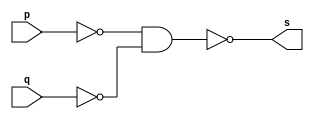
// Guia 02 - Or
// Nome : Jessica Luisa Betonico Andrade

//-------------------------------------------------
// -- Uma or gate feita por NAND gate --
// ------------------------------------------------

module ORgate(s, p , q);
  output s;			// Saida
  input p, q;		// entrada das portas
  
  wire temp1, temp2;	// portas auxiliares
  
  nand NAND1(temp1, p); // operaao nand com a porta p
  nand NAND2(temp2, q); // operaao nand com a porta q
  
  assign s = ~(temp1 & temp2); // operao final
  
endmodule // ORgate
// fim modulo

// modulo final
module testandogate;

  reg a, b; // portas de entrada
  wire s;	// porta de saida
  
 // instancia
 
 ORgate OR1(s, a, b);
 
 // parte principal
 
 initial begin
    $display("GUIA_02_1 - Jessica Luisa Betonico Andrade -  412748 ");
	 $display("Test OR gate construida por NANDS");
	 $display("\n a | b = s \n");
	 $monitor("%b | %b  = %b", a, b, s);
	 
	 a=0; b=0;
	 
 #1 a=0; b=1;
 #1 a=1; b=0;
 #1 a=1; b=1;
 
 
end

endmodule// testandogate

// SUGESTAO: SE COMECOU A USAR DEFINICOES DE PORTA, CONTINUE.
//           EVITE MISTURAR.